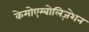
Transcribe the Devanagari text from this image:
केमोएम्बोलिज़ेशन